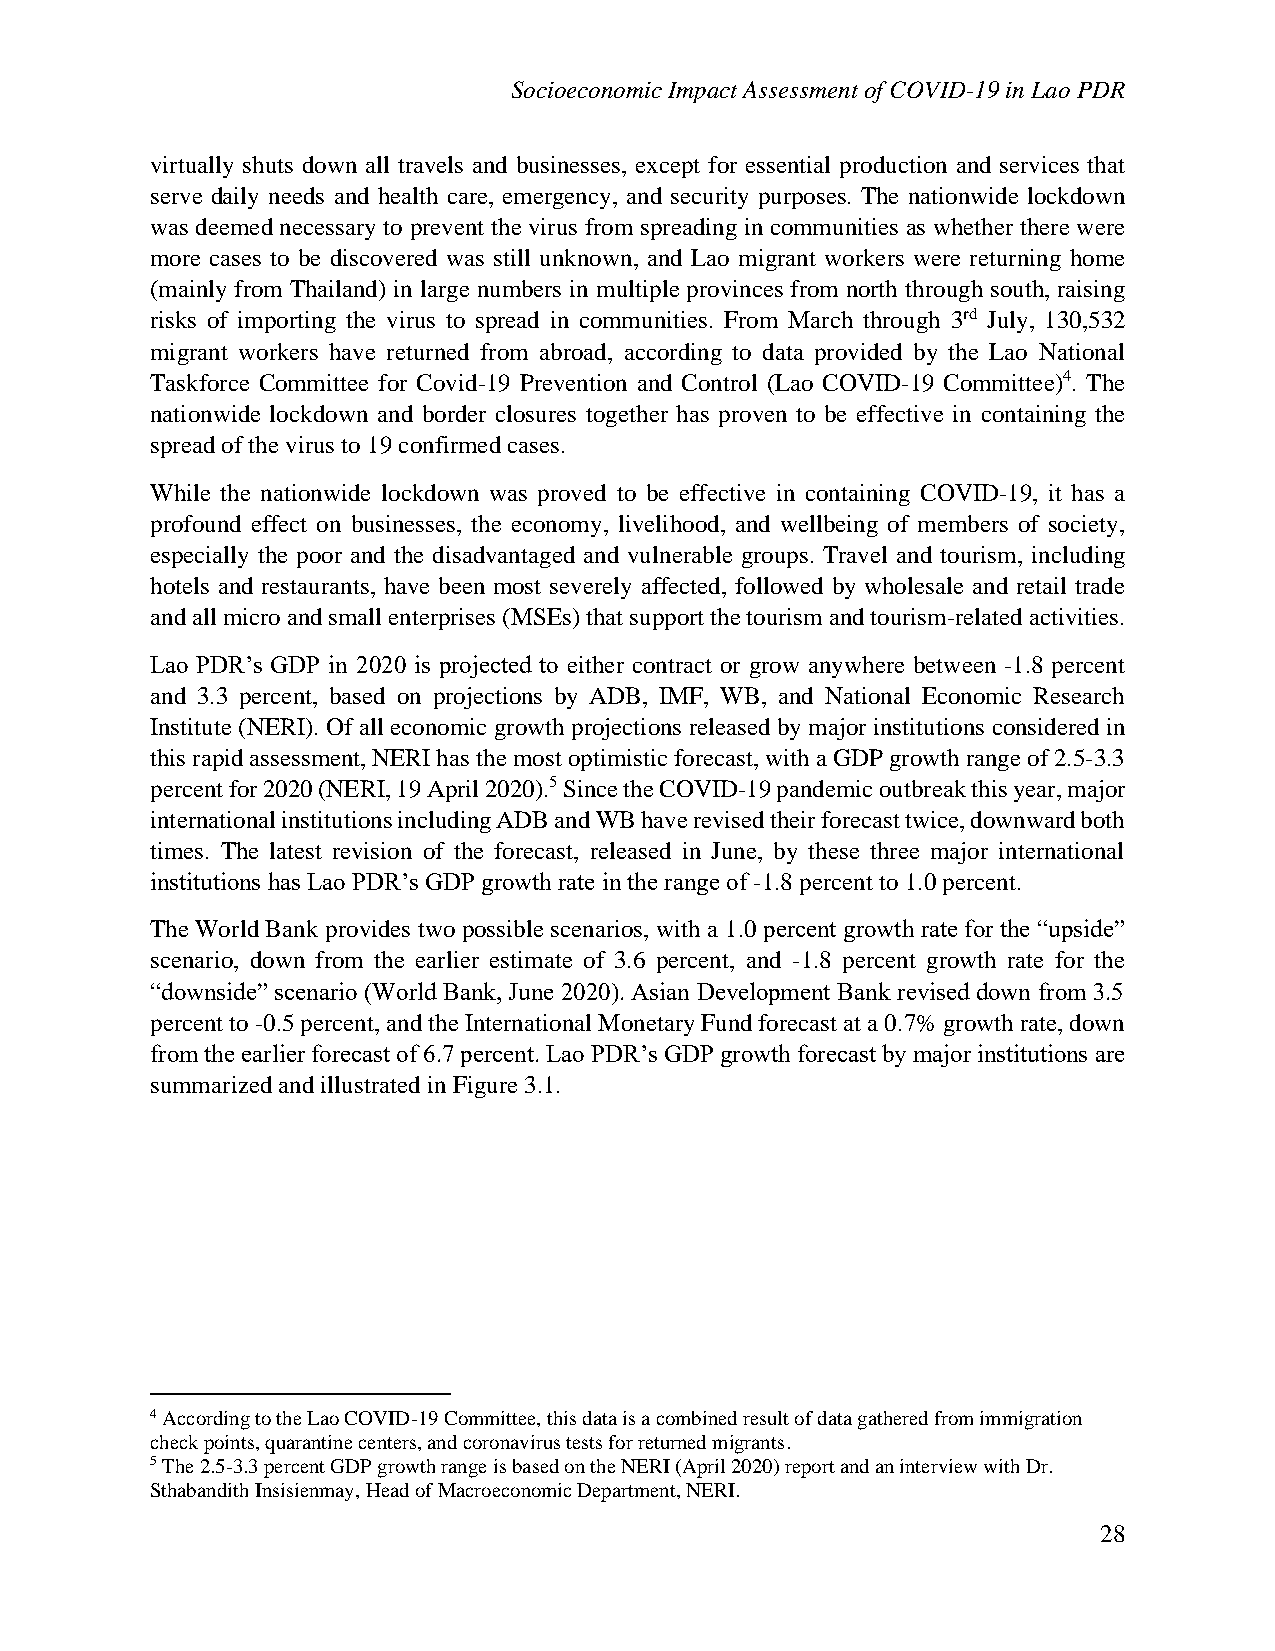
Socioeconomic Impact Assessment of COVID-19 in Lao PDR
 virtually shuts down all travels and businesses, except for essential production and services that
 serve daily needs and health care, emergency, and security purposes. The nationwide lockdown
 was deemed necessary to prevent the virus from spreading in communities as whether there were
 more cases to be discovered was still unknown, and Lao migrant workers were returning home
 (mainly from Thailand) in large numbers in multiple provinces from north through south, raising
 risks of importing the virus to spread in communities. From March through 3rd July, 130,532
 migrant workers have returned from abroad, according to data provided by the Lao National
 Taskforce Committee for Covid-19 Prevention and Control (Lao COVID-19 Committee)4. The
 nationwide lockdown and border closures together has proven to be effective in containing the
 spread of the virus to 19 confirmed cases.
 While the nationwide lockdown was proved to be effective in containing COVID-19, it has a
 profound effect on businesses, the economy, livelihood, and wellbeing of members of society,
 especially the poor and the disadvantaged and vulnerable groups. Travel and tourism, including
 hotels and restaurants, have been most severely affected, followed by wholesale and retail trade
 and all micro and small enterprises (MSEs) that support the tourism and tourism-related activities.
 Lao PDR’s GDP in 2020 is projected to either contract or grow anywhere between -1.8 percent
 and 3.3 percent, based on projections by ADB, IMF, WB, and National Economic Research
 Institute (NERI). Of all economic growth projections released by major institutions considered in
 this rapid assessment, NERI has the most optimistic forecast, with a GDP growth range of 2.5-3.3
 percent for 2020 (NERI, 19 April 2020).5 Since the COVID-19 pandemic outbreak this year, major
 international institutions including ADB and WB have revised their forecast twice, downward both
 times. The latest revision of the forecast, released in June, by these three major international
 institutions has Lao PDR’s GDP growth rate in the range of -1.8 percent to 1.0 percent.
 The World Bank provides two possible scenarios, with a 1.0 percent growth rate for the “upside”
 scenario, down from the earlier estimate of 3.6 percent, and -1.8 percent growth rate for the
 “downside” scenario (World Bank, June 2020). Asian Development Bank revised down from 3.5
 percent to -0.5 percent, and the International Monetary Fund forecast at a 0.7% growth rate, down
 from the earlier forecast of 6.7 percent. Lao PDR’s GDP growth forecast by major institutions are
 summarized and illustrated in Figure 3.1.
 4 According to the Lao COVID-19 Committee, this data is a combined result of data gathered from immigration
 check points, quarantine centers, and coronavirus tests for returned migrants.
 5 The 2.5-3.3 percent GDP growth range is based on the NERI (April 2020) report and an interview with Dr.
 Sthabandith Insisienmay, Head of Macroeconomic Department, NERI.
 28